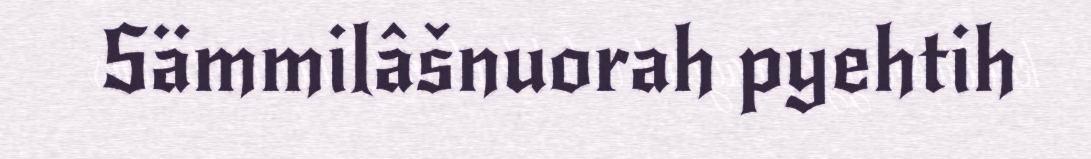
Sämmilâšnuorah pyehtih